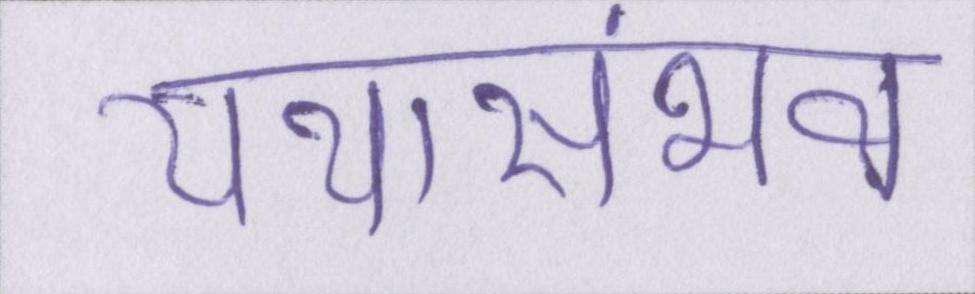
यथासंभव